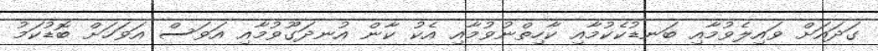
ގަދައަށް ވައިލެވުމާއި ބަނޑުކެކުމާއި ކާހިތްނުވުމާއި އެކު ކާން އުނދަގޫވުމާއި އަވަސް އަވަހަށް ބޮޑުކަމު